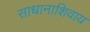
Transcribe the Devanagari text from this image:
साधानाशिवाय